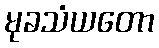
မုခသံယတော